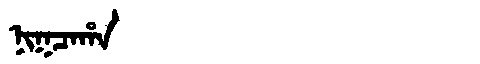
Manchu: ᠨᡳᡴᠴᠠᡥᠠ
Romanization: NIKCAHA